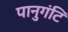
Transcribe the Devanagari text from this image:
पानुगंटि